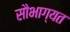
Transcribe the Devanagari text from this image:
सौभाग्यत